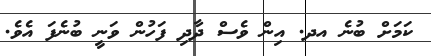
ކަމަށް ބުނެ އދ. އިން ވެސް ދާދި ފަހުން ވަނީ ބުނެފަ އެވެ.